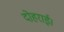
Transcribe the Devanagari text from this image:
दोहराई।